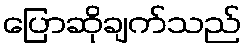
ပြောဆိုချက်သည်